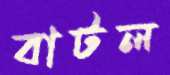
বাটল